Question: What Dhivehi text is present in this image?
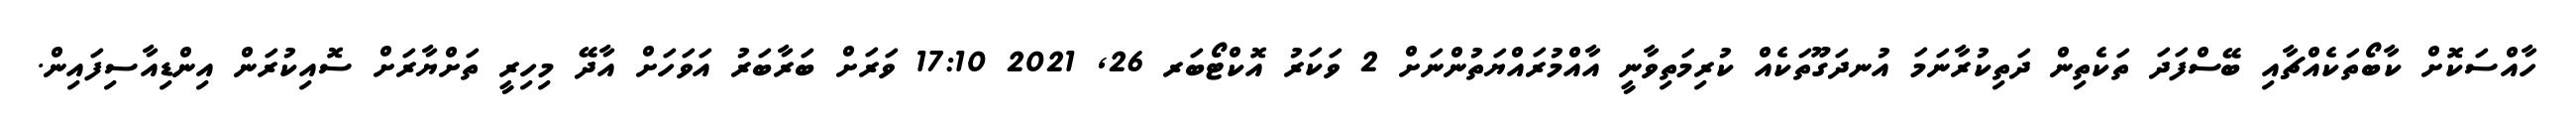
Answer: ހާއްސަކޮށް ކާބޯތަކެއްޗާއި ބޭސްފަދަ ތަކެތިން ދަތިކުރާނަމަ އުނދަގޫތަކެއް ކުރިމަތިވާނީ އާއްމުރައްޔަތުންނަށް 2 ވަކަރު އޮކްޓޯބަރ 26, 2021 17:10 ވަރަށް ބަރާބަރު އަވަހަށް އާދޭ މިހިރީ ތަށްޔާރަށް ސޮއިކުރަން އިންޑިއާސިފައިން.